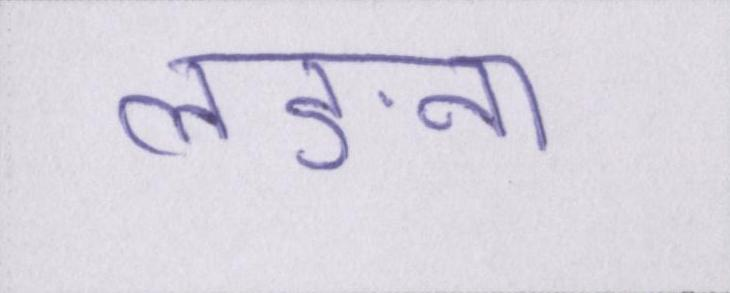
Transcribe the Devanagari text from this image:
लङना